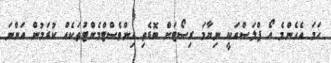
ހަމަ އެހެންމެ އޯ ޕްލަސްއަކީ ނިޔާމަ ރިސޯޓަށް ބޮޑެތި އިންވެސްޓްމެންޓުތަކެއް ކުރަމުން އަންނަ